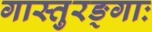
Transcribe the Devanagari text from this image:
गास्तुरङ्गाः